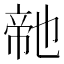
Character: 𭘬